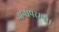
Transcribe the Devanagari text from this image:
अन्धपरम्परा